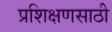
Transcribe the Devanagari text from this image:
प्रशिक्षणसाठी